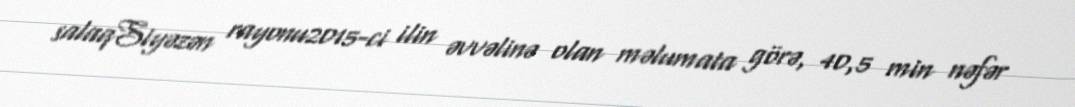
salaqSiyəzən rayonu2015-ci ilin əvvəlinə olan məlumata görə, 40,5 min nəfər